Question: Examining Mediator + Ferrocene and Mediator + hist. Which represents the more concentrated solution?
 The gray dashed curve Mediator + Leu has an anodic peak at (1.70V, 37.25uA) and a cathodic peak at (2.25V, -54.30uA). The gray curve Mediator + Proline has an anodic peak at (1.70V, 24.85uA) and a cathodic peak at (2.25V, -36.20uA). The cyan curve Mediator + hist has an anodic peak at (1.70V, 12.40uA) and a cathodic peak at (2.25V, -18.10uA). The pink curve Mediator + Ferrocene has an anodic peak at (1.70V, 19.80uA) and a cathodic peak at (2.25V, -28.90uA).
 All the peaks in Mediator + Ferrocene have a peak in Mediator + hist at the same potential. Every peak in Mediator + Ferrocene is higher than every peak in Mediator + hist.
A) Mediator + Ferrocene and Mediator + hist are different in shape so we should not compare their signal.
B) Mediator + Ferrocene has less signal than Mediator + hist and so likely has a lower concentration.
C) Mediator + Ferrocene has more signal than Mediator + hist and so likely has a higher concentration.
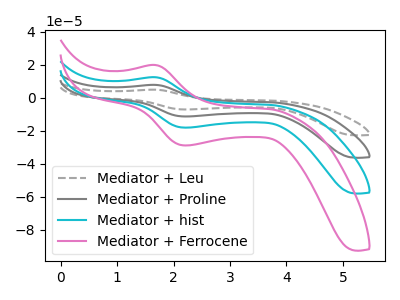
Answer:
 <answer>C) "Mediator + Ferrocene" has more signal than "Mediator + hist" and so likely has a higher concentration.</answer>
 <eval>C</eval>